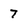
Character: 7